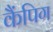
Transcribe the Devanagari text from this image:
कैंपिग